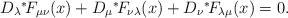
LaTeX: \begin{align*}D_\lambda \mbox{\mbox{}$^*\!$} F_{\mu\nu}(x) + D_\mu \mbox{\mbox{}$^*\!$}F_{\nu\lambda}(x) + D_\nu \mbox{\mbox{}$^*\!$} F_{\lambda\mu}(x) = 0.\end{align*}